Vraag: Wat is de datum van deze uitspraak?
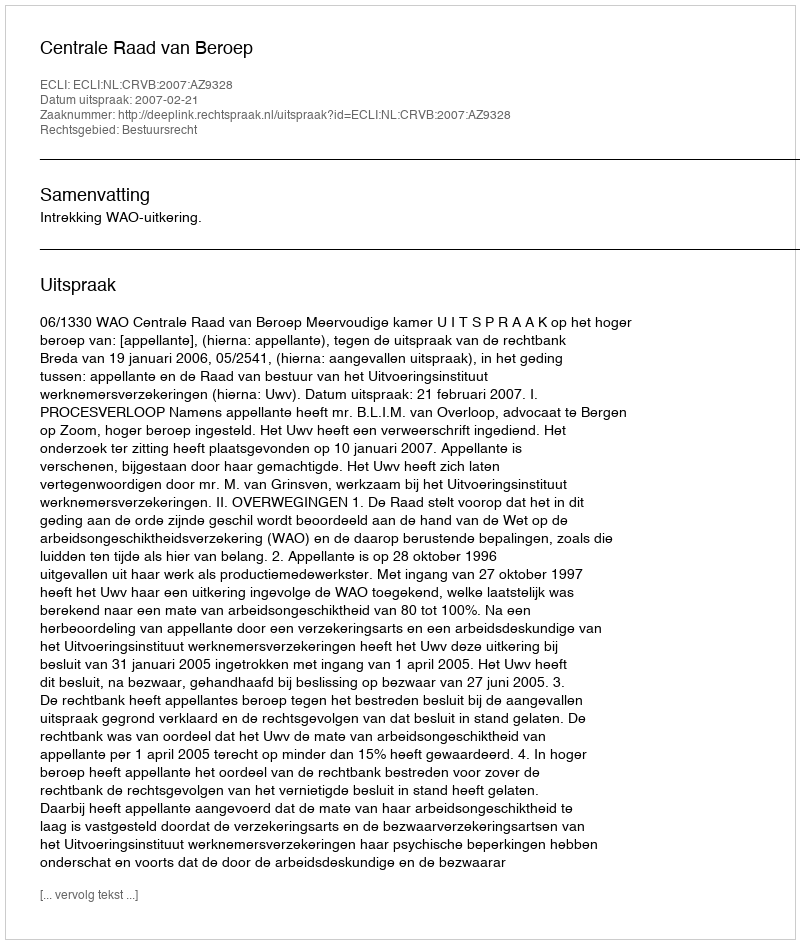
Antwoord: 2007-02-21